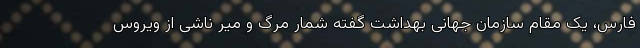
فارس، یک مقام سازمان جهانی بهداشت گفته شمار مرگ و میر ناشی از ویروس